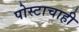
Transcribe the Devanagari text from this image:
पोस्टाचाही